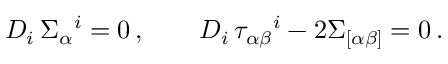
D _ { i } \, \Sigma _ { \alpha } { } ^ { i } = 0 \, , \qquad D _ { i } \, \tau _ { \alpha \beta } { } ^ { i } - 2 \Sigma _ { [ \alpha \beta ] } = 0 \, .